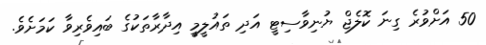
50 އަށްވުރެ ގިނަ ކޮލެޖް ޔުނިވާސިޓީ އަދި ތައުލީމީ އިދާރާތަކުގެ ބައިވެރިވާ ކަމަށެވެ.